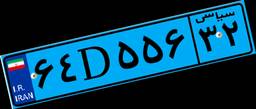
۰۴D۹۴۷۶۰